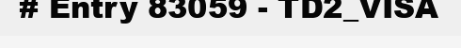
# Entry 83059 - TD2_VISA